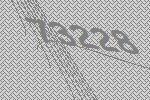
73228